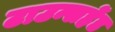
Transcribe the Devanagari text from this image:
टाउन्सहेंड